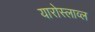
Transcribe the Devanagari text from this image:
यारोस्लाव्ल